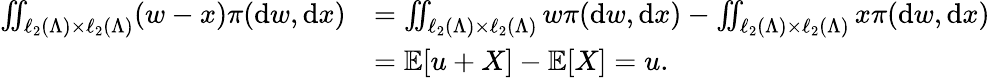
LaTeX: \begin{array}{rl}{\iint_{\ell_{2}(\Lambda)\times\ell_{2}(\Lambda)}(w-x)\pi(\mathrm{d}w,\mathrm{d}x)}&{=\iint_{\ell_{2}(\Lambda)\times\ell_{2}(\Lambda)}w\pi(\mathrm{d}w,\mathrm{d}x)-\iint_{\ell_{2}(\Lambda)\times\ell_{2}(\Lambda)}x\pi(\mathrm{d}w,\mathrm{d}x)}\\ &{=\mathbb{E}[u+X]-\mathbb{E}[X]=u.}\end{array}